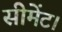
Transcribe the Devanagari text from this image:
सीमेंट।